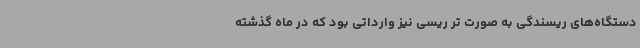
دستگاه‌های ریسندگی به صورت تر ریسی نیز وارداتی بود که در ماه گذشته